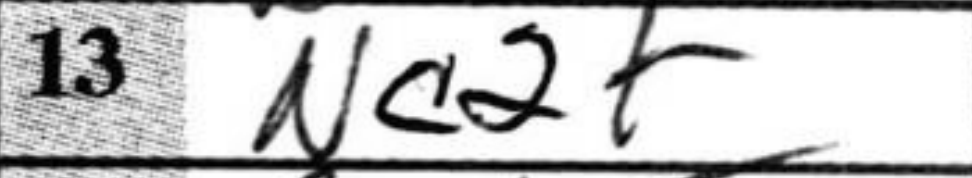
Transcription: Nc2+